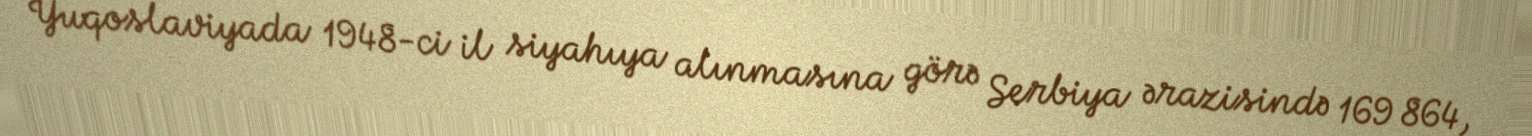
Yuqoslaviyada 1948-ci il siyahıya alınmasına görə Serbiya ərazisində 169 864,